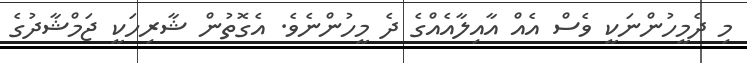
މި ދެމީހުންނަކީ ވެސް އެއް އާއިލާއެއްގެ ދެ މީހުންނެވެ. އެގޮތުން ޝާރިހަކީ ޖަމްޝާދުގެ